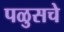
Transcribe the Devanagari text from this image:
पळुसचे